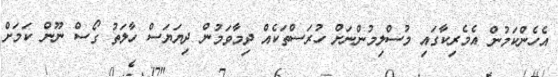
އެހެންކަމުން އެމެރިކާގައި މުސްލިމުންނަށް ހުރަސްތަކެއް ދިމާވަމުން ދިޔަޔަސް ހާލަތު ގޯސް ނޫން ކަމަށް